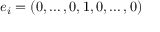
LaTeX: e _ { i } = ( 0 , \ldots , 0 , 1 , 0 , \ldots , 0 )